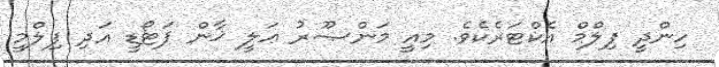
ހިންދީ ފިލްމް އެކްޓަރެކެވެ. މިއީ މަންޞޫރު ޢަލީ ޚާން ޕަޓޯޑީ އަދި ފިލްމީ